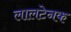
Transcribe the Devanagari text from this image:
लालटेनक